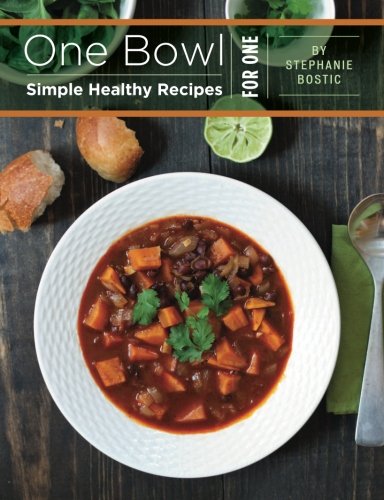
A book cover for One Bowl: Simple Healthy Recipes for One; Stephanie Bostic; Cookbooks, Food & Wine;